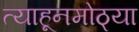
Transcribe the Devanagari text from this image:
त्याहूनमोठ्या